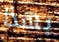
بهذا